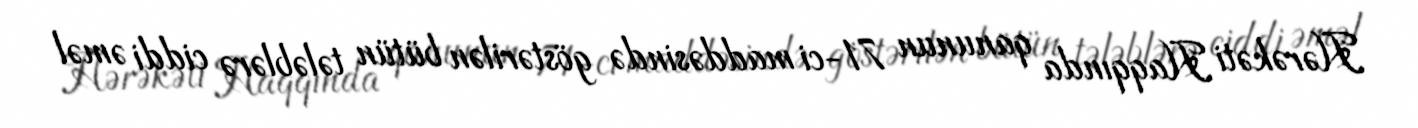
Hərəkəti Haqqında qanunun 71-ci maddəsində göstərilən bütün tələblərə ciddi əməl